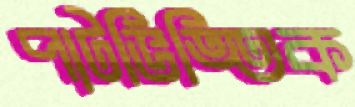
পাটভিত্তিক